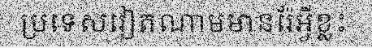
ប្រទេសវៀតណាមមានរ៉ែអ្វីខ្លះ